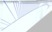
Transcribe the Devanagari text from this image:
ग्रिर्फोइगोदुय्दुग्दुएओगिसोद्त्घ्दीईईईईइगोफुसूऔऔऔऔऔऔऔऔऔऔऔऔऔऔऔऔऔऔऔऔऔऔऔऔऔऔऔऔओइरुफ्गुइस्ग्फिस्ग्फुय्ग्क्षुऔऔऔऔऔऔऔऔऔऔऔऔऔऔऔऔऔऔऔऔऔऔऔऔऔऔऔऔऔऔऔऔऔऔऔऔऔऔऔऔऔऔऔऔऔऔऔऔऔऔऔऔऔऔऔऔऔऔऔऔऔऔऔऔऔऔऔऔऔऔऔऔऔऔऔऔऔऔऔऔऔऔऔऔऔऔऔऔऔऔऔऔऔऔऔऔऔऔऔऔऔऔऔऔऔऔऔऔ